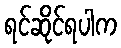
ရင်ဆိုင်ရပါက